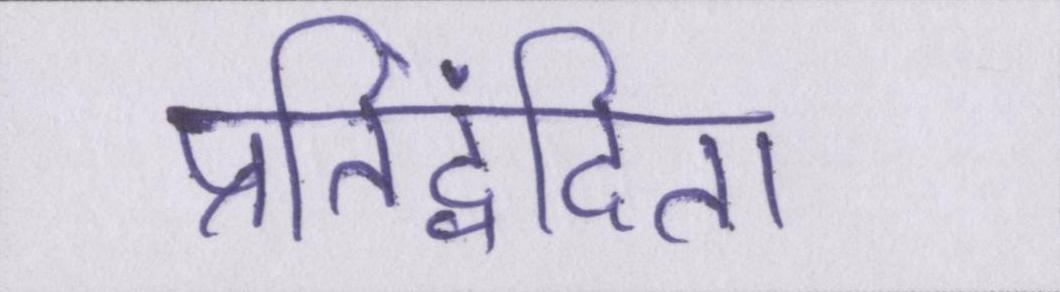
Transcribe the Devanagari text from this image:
प्रतिद्वंदिता